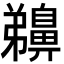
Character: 䶏